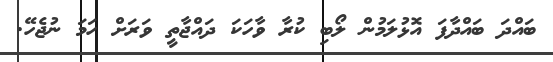
ބައްދަ ބައްދާފަ އޮޅުލަމުން ލޯބި ކުރާ ވާހަކަ ދައްޖާތީ ވަރަށް ހަމަ ނުޖެހޭ.